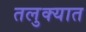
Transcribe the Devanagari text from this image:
तलुक्यात